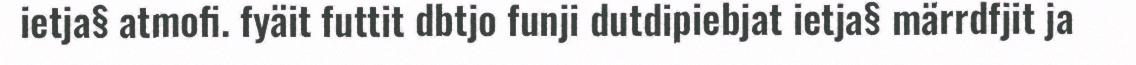
ietja§ atmofi. fyäit futtit dbtjo funji dutdipiebjat ietja§ märrdfjit ja